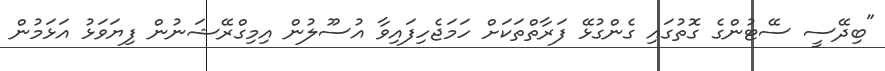
"ބިދޭސީ ސޭޓުންގެ ގޮތުގައި ގެންގުޅޭ ފަރާތްތަކަށް ހަމަޖެހިފައިވާ އުސޫލުން އިމިގްރޭޝަނުން ފިޔަވަޅު އަޅަމުން